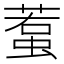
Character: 𧍷